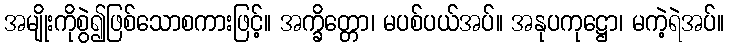
အမျိုးကိုစွဲ၍ဖြစ်သောစကားဖြင့်။ အက္ခိတ္တော၊ မပစ်ပယ်အပ်။ အနုပကုဋ္ဌော၊ မကဲ့ရဲအပ်။